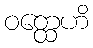
ဝတ္ထေဟိ